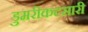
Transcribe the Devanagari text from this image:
डुमरीकटसारी